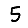
Digit: 5